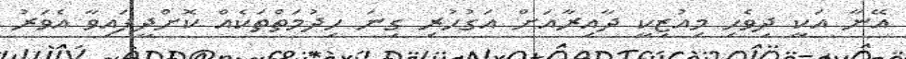
އޭނާ އަކީ ދިވެހި މިއުޒިކީ ދާއިރާއަށް އަގުހުރި ގިނަ ހިދުމަތްތަކެއް ކޮށްދީފައިވާ އެވަރު